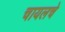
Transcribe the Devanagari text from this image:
चायलचे